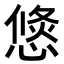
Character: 𢞣